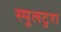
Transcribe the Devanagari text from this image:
स्पुलटुरा